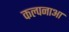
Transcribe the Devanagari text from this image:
कल्पनाआ